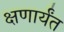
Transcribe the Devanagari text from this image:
क्षणार्यंत